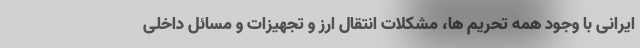
ایرانی با وجود همه تحریم ها، مشکلات انتقال ارز و تجهیزات و مسائل داخلی